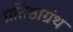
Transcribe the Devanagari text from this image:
प्रतिष्ठाग्रंथ